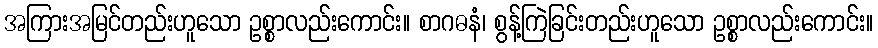
အကြားအမြင်တည်းဟူသော ဥစ္စာလည်းကောင်း။ စာဂဓနံ၊ စွန့်ကြဲခြင်းတည်းဟူသော ဥစ္စာလည်းကောင်း။